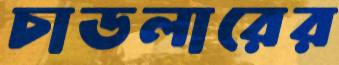
চাডলারের